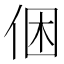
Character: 𠉍